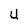
Character: U